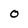
Character: 0